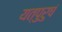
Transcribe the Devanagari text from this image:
यत्पुरुषं